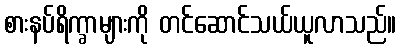
စားနပ်ရိက္ခာများကို တင်ဆောင်သယ်ယူလာသည်။